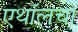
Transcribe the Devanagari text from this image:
एथॉलचा